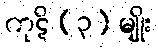
ကုဋိ (၃) မျိုး